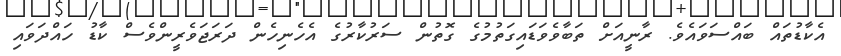
އެކާޑުތައް ބައްސަވައެވެ. ރާނީއަށް ތަބާވެވަޑައިގަތުމުގެ ގޮތުން ސަރުކާރުގެ އެހެނިހެން ދަރަޖަވެރީންވެސް ކާޑު ހައްދަވައި